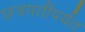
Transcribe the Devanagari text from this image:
छत्रपतींपर्यंत